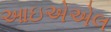
આઇએએલ